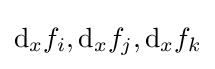
\mathrm {d} _{x}f_{i},\mathrm {d} _{x}f_{j},\mathrm {d} _{x}f_{k}